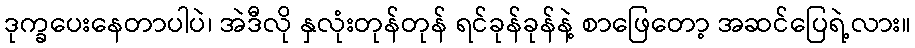
ဒုက္ခပေးနေတာပါပဲ၊ အဲဒီလို နှလုံးတုန်တုန် ရင်ခုန်ခုန်နဲ့ စာဖြေတော့ အဆင်ပြေရဲ့လား။